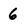
Character: 6